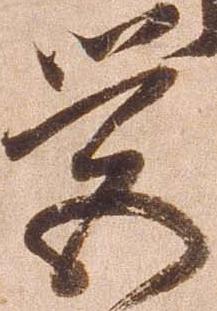
営